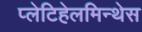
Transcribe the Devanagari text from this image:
प्लेटिहेलमिन्थेस